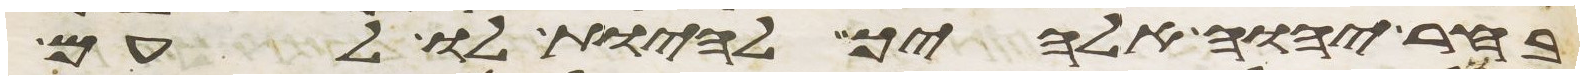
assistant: בחר יהוה אלהיך להיות לו לעם